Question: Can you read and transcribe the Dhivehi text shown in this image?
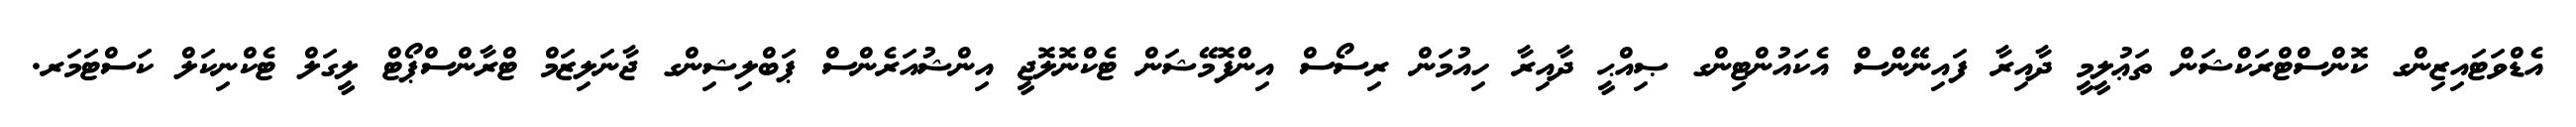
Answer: އެޑްވަޓައިޒިންގ ކޮންސްޓްރަކްޝަން ތަޢުލީމީ ދާއިރާ ފައިނޭންސް އެކައުންޓިންގ ޞިއްޙީ ދާއިރާ ހިއުމަން ރިސޯސް އިންފޮމޭޝަން ޓެކްނޮލޮޖީ އިންޝުއަރެންސް ޕަބްލިޝިންގ ޖާނަލިޒަމް ޓްރާންސްޕޯޓް ލީގަލް ޓެކްނިކަލް ކަސްޓަމަރ.